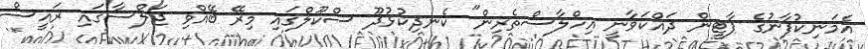
އެމަނިކުފާނުގެ ޕާޓީން ދައްކަވާނީ އިހްލާސްތެރިން" ކެނދިކުޅުދޫ ސްކޫލްގައި މިރޭ ބޭއްވި ޖަލްސާގައި ރައީސް